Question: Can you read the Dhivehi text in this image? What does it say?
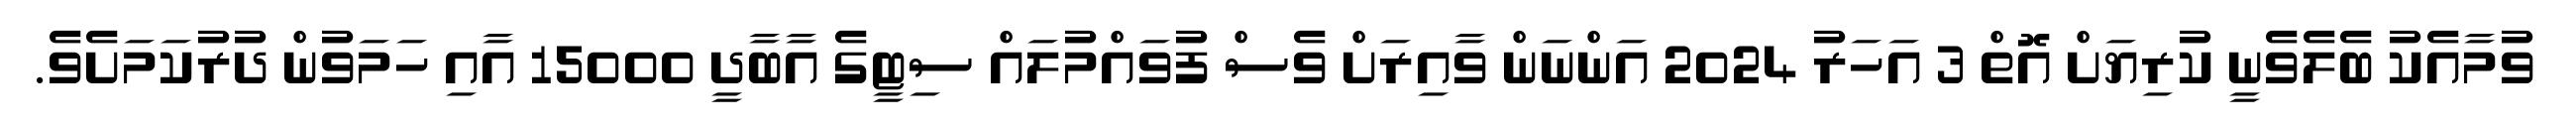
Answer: ވުމާއެކު ބެލެވެނީ ކުރިޔަށް އޮތް 3 އަހަރު 2024 އަންނަން ވާއިރަށް ވެސް ފުވައްމުލައް ސިޓީގެ އާބާދީ 15000 އާއި ހަމަވުން ދުރުކަމަށެވެ.